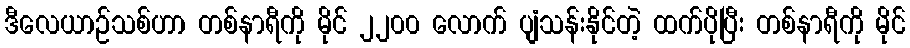
ဒီလေယာဉ်သစ်ဟာ တစ်နာရီကို မိုင် ၂၂၀၀ လောက် ပျံသန်းနိုင်တဲ့ ထက်ပိုပြီး တစ်နာရီကို မိုင်